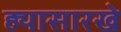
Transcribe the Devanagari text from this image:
ह्यासारखे